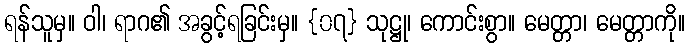
ရန်သူမှ။ ဝါ၊ ရာဂ၏ အခွင့်ရခြင်းမှ။ {၀၇} သုဋ္ဌု၊ ကောင်းစွာ။ မေတ္တာ၊ မေတ္တာကို။